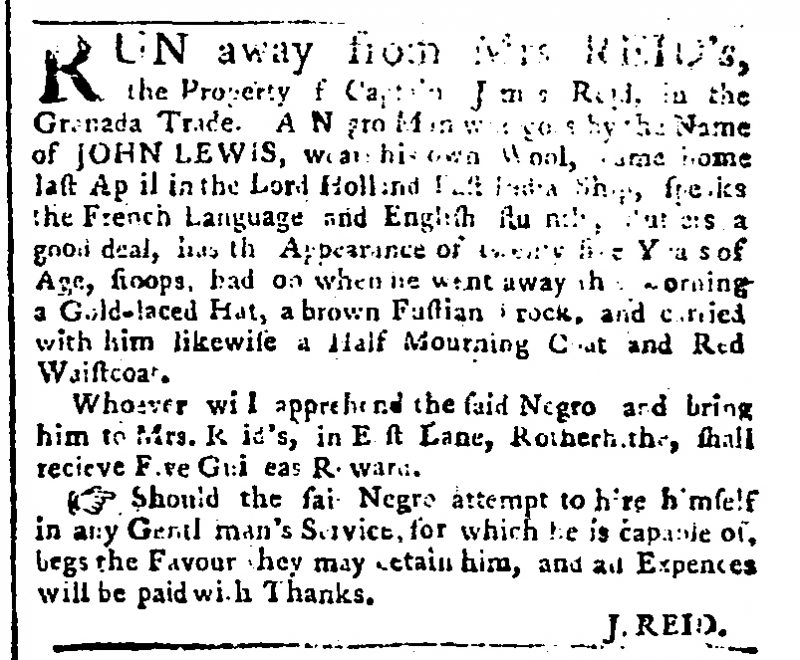
Public Advertiser, 10 September 1768 (England)
RUN away from Mrs REID’s, the Property of Captain James Reid, in the Grenada Trade. A Negro Man who goes by the Name of JOHN LEWIS, wears his own Wool, came home last April in the Lord Holland East India Ship, speaks the French Language and English fluently, stutters a good deal, has the Appearance of twenty five Years of Age, stoops, had on when he went away this morning a Gold-laced Hat, a brown Fustian Frock, and carried with him likewise a Half Mourning Coat and Red Waistcoat.   Whoever will apprehend the said Negro and bring him to Mrs. Reid’s, in East Lane Rotherhithe, shall receive Five Guineas Reward.   Should the said Negro attempt to hire himself in any Gentleman’s Service, for which he is capable of, begs the Favour they may detain him, and all Expences will be paid with Thanks.                                              J. Reid.